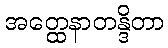
အတ္ထေနာတန္ဒိတာ